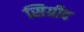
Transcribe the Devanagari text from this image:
सिग्रीद